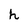
Character: h